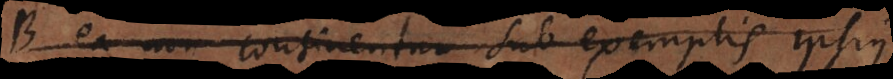
B ea non continentur sub exemplis ipsius